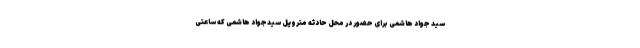
سید جواد هاشمی برای حضور در محل حادثه متروپل سیدجواد هاشمی که ساعتی